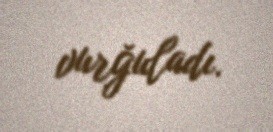
vurğuladı.